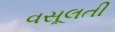
વસૂલતી